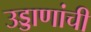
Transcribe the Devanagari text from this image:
उड्डाणांची